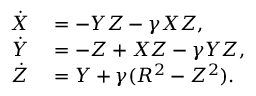
\begin{array} { r l } { \dot { X } } & { { } = - Y Z - \gamma X Z , } \\ { \dot { Y } } & { { } = - Z + X Z - \gamma Y Z , } \\ { \dot { Z } } & { { } = Y + \gamma ( R ^ { 2 } - Z ^ { 2 } ) . } \end{array}